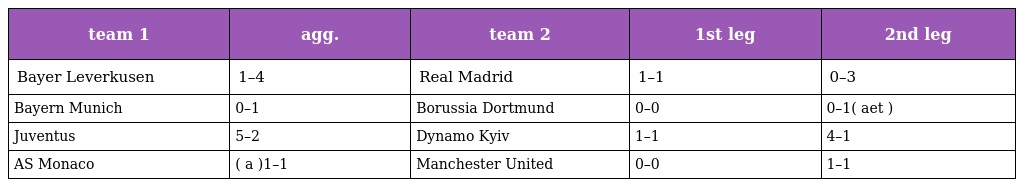
| team 1 | agg. | team 2 | 1st leg | 2nd leg |
 | --- | --- | --- | --- | --- |
 | Bayer Leverkusen | 1–4 | Real Madrid | 1–1 | 0–3 |
 | Bayern Munich | 0–1 | Borussia Dortmund | 0–0 | 0–1( aet ) |
 | Juventus | 5–2 | Dynamo Kyiv | 1–1 | 4–1 |
 | AS Monaco | ( a )1–1 | Manchester United | 0–0 | 1–1 |